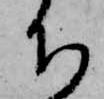
ち